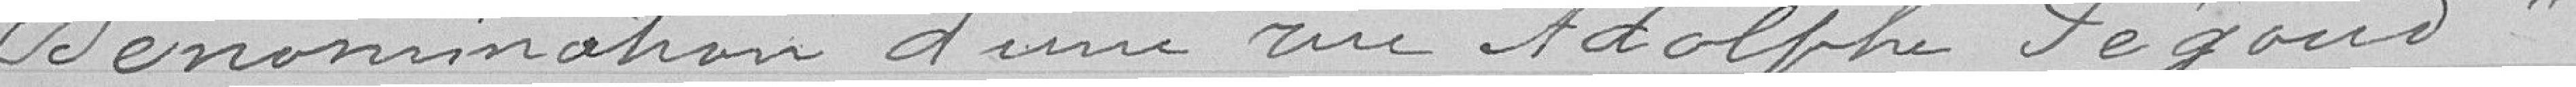
Dénomination d'une rue Adolphe Pégoud